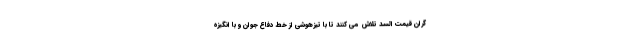
گران قیمت السد تلاش می کنند تا با تیزهوشی از خط دفاع جوان و با انگیزه